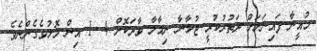
މުއީނާ ފައިނަލަށް ދަތުރުކުރީ ޖުމާނާ ނިމާލާ ވާދަކޮށް 4- 1 އިން މޮޅުވެގެންނެވެ.